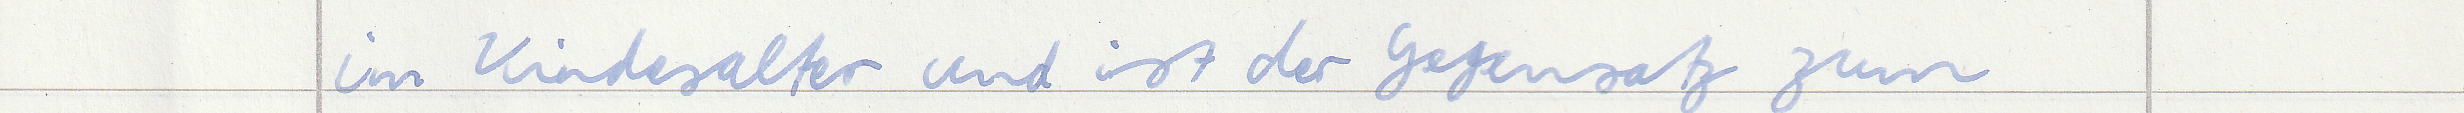
im Kindesalter und ist der Gegensatz zum